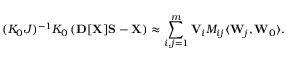
{ \displaystyle ( { \cal K } _ { 0 } { \cal J } ) ^ { - 1 } { \cal K } _ { 0 } \left( { \bf D } [ { \bf X } ] { \bf S } - { \bf X } \right) \approx \sum _ { i , j = 1 } ^ { m } { \bf V } _ { i } M _ { i j } \langle { \bf W } _ { j } , { \bf W } _ { 0 } \rangle } .